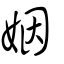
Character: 姻